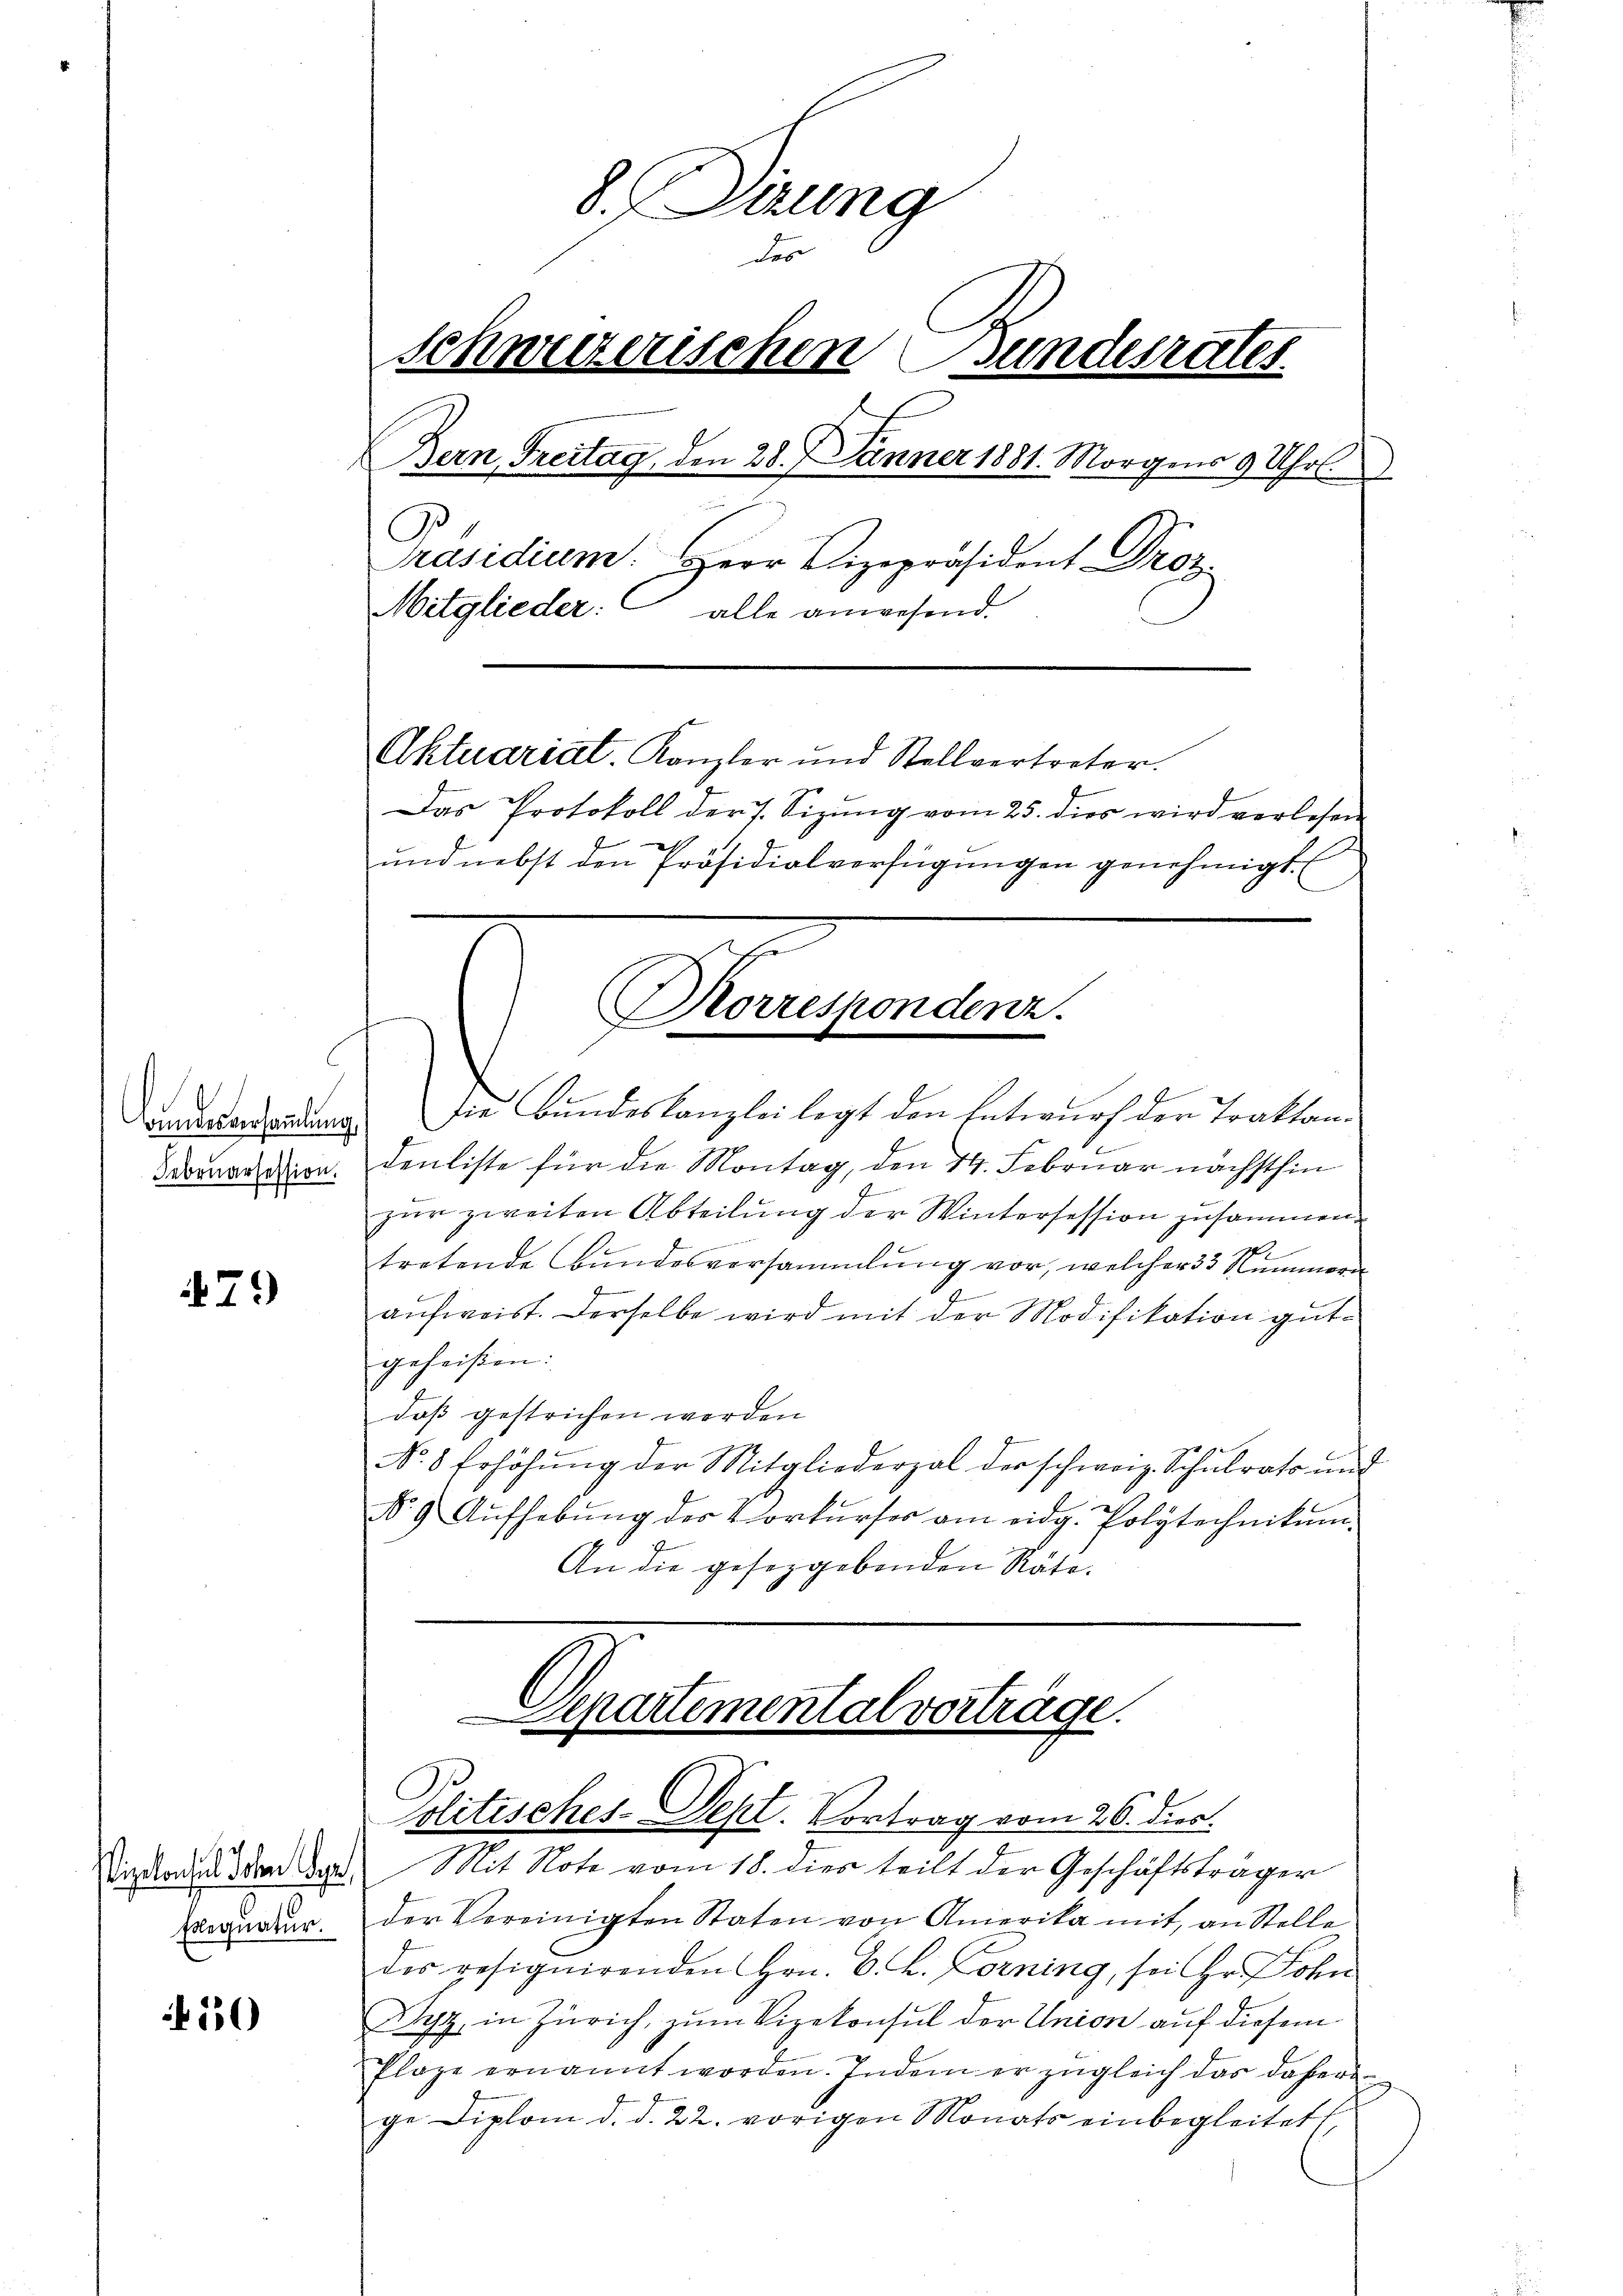
Bundesversammlung
Februarsession.

79

Elegnatur.

550

8.Dirung
For
to
schweizerischen Bundesrates.
Bern, Freitag, den 28. Jänner 1881. Morgens 9 Uhr
Präsidium. Herr Vizepräsident Droz.
Mitglieder: alle anwesend.
Aktuariat. Kanzler und Stellvertreter.
Das Protokoll der s. Sizŭng vom 25. dies wird verlesen
und nebst den Präsidialverfügungen genehmigt.

Korrespondenz.

t
die Bundeskanzlei legt den Entwurf der Traktandenliste für die Montag, den 14. Februar nächsthin
zur zweiten Abteilung der Wintersession zusammen.
2
tretende Bundesversammlung vor, welcher 33 Nummern
aufweist. Derselbe wird mit der Modifikation gutgeheißen:
daß gestrichen werden
No 8 Erhöhŭng der Mitgliederzal der schweiz. Schulrats und
No. 9. Aŭfhebŭng des Vorkŭrser am eidg. Polytechnikum.
An die gesetzgebenden Räte.

Departemental vorträge.
Politisches-Dept. Vortrag vom 26. dies.
Vizland den dar. Mit Note vom 18. dies teilt der Geschäftsträger

der Vereinigten Staten von Amerika mit, an Stelle
des resignirenden Hrn. B. L. Corning, sei Hr. Lohn
Syz, in Zürich, zum Vizekonsul der Union auf diesem
Plaze ernannt worden. Indem er zugleich das daherige Diplom d. d. 22. vorigen Monats einbegleitet,